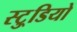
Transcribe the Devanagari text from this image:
स्टु्डियो